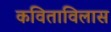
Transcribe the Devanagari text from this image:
कविताविलास